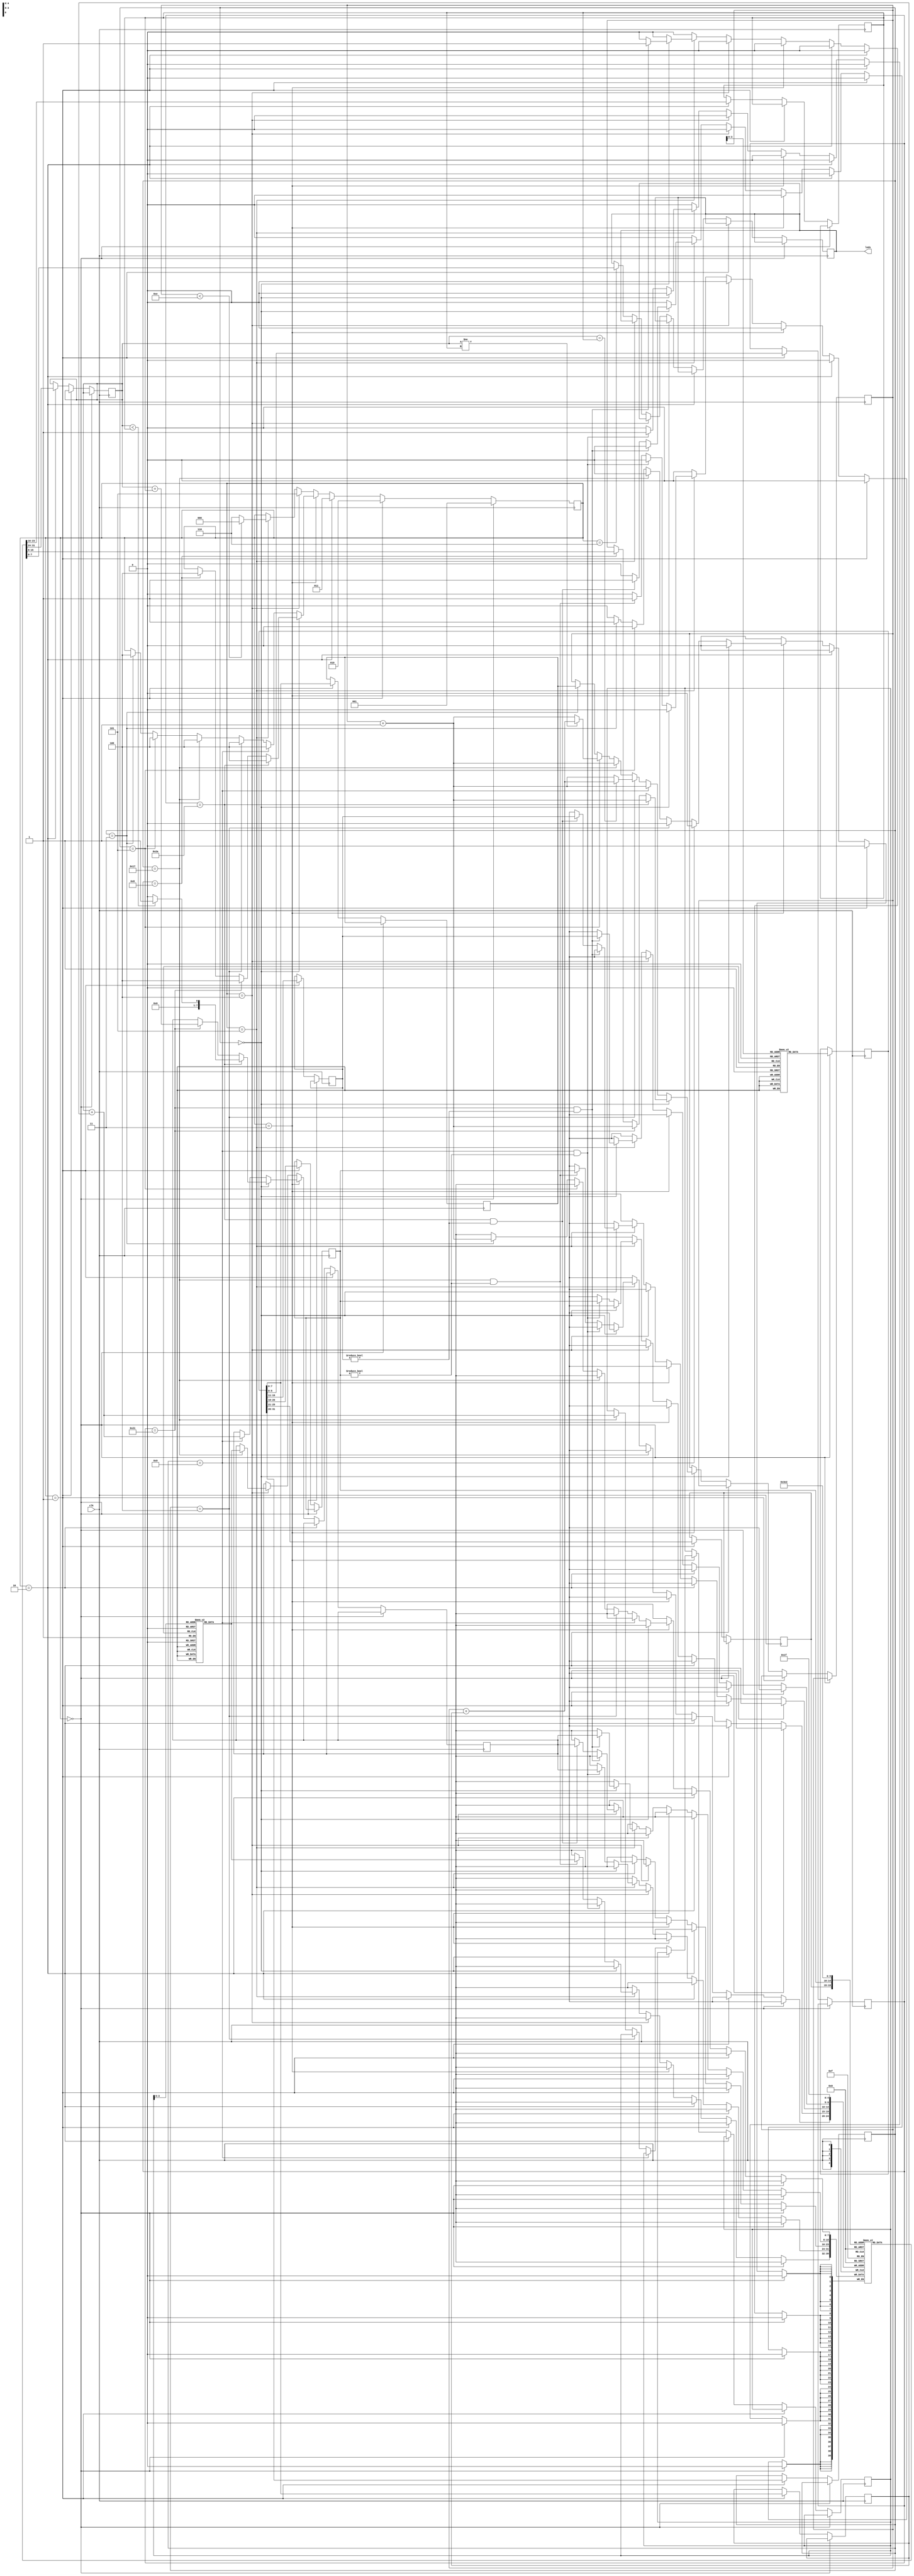
`timescale 1ns / 1ps
`define MAX_PC 14
`define OUTPUT_REG 2
//////////////////////////////////////////////////////////////////////////////////
// Company: 
// Engineer: 
// 
// Design Name: 
// Module Name:    MIPS 
// Project Name: 
// Target Devices: 
// Tool versions: 
// Description: 
//
// Dependencies: 
//
// Revision: 
// Revision 0.01 - File Created
// Additional Comments: 
//
//////////////////////////////////////////////////////////////////////////////////
module MIPS( clk , leds
    );

    input clk ;
    output [7:0] leds ;
    reg [7:0] leds = 0 ;

    reg [31:0] i_cache[13:0] ; 
    reg [7:0] d_cache[10:0] ; 
    reg [7:0] RegisterFile[31:0] ;
    reg [7:0] PC ;
    reg [31:0] Instruction ;
    reg [2:0] state ;

    reg [5:0] opcode ;
    reg [4:0] rs ;
    reg [4:0] rt ;
    reg [4:0] rd ;
    reg [5:0] func ;
    reg [7:0] immediate ;
    reg [7:0] jump ;

    reg [7:0] sourceRegister1 ;
    reg [7:0] sourceRegister2 ;
    reg [7:0] MemoryAddress ;
    reg [7:0] ExeResult ;

    initial begin
        i_cache[0]  = 32'b001001_00000_00010_0000000000000000 ;
        i_cache[1]  = 32'b001001_00000_00011_0000000000000000 ;
        i_cache[2]  = 32'b000000_00011_00001_00100_00000_101010 ;
        i_cache[3]  = 32'b000100_00100_00000_0000000000001000 ;
        i_cache[4]  = 32'b001001_00000_00101_0000000000001010 ;
        i_cache[5]  = 32'b000100_00011_00101_0000000000000110 ;
        i_cache[6]  = 32'b010111_00011_00110_0000000000000000 ;
        i_cache[7]  = 32'b000000_00010_00110_00010_00000_100001 ;
        i_cache[8]  = 32'b001001_00011_00011_0000000000000001 ;
        i_cache[9]  = 32'b000000_00011_00001_00100_00000_101010 ;
        i_cache[10] = 32'b000101_00010_00000_1111111111111011 ;
        i_cache[11] = 32'b000000_11111_00000_00000_00000_001000 ;
        i_cache[12] = 32'b010111_00000_00001_0000000000001010 ;
        i_cache[13] = 32'b000011_00000000000000000000000000 ;

        d_cache[0]  = 8'b00000001 ;
        d_cache[1]  = 8'b00000001 ;
        d_cache[2]  = 8'b00000001 ;
        d_cache[3]  = 8'b00000001 ;
        d_cache[4]  = 8'b00000001 ;
        d_cache[5]  = 8'b00000001 ;
        d_cache[6]  = 8'b00000001 ;
        d_cache[7]  = 8'b00000001 ;
        d_cache[8]  = 8'b11111111 ;
        d_cache[9]  = 8'b11111111 ;
        d_cache[10] = 8'b00001010 ;

        RegisterFile[0]  = 8'b00000000 ;
        RegisterFile[1]  = 8'b00000000 ;
        RegisterFile[2]  = 8'b00000000 ;
        RegisterFile[3]  = 8'b00000000 ;
        RegisterFile[4]  = 8'b00000000 ;
        RegisterFile[5]  = 8'b00000000 ;
        RegisterFile[6]  = 8'b00000000 ;
        RegisterFile[7]  = 8'b00000000 ;
        RegisterFile[8]  = 8'b00000000 ;
        RegisterFile[9]  = 8'b00000000 ;
        RegisterFile[10] = 8'b00000000 ;
        RegisterFile[11] = 8'b00000000 ;
        RegisterFile[12] = 8'b00000000 ;
        RegisterFile[13] = 8'b00000000 ;
        RegisterFile[14] = 8'b00000000 ;
        RegisterFile[15] = 8'b00000000 ;
        RegisterFile[16] = 8'b00000000 ;
        RegisterFile[17] = 8'b00000000 ;
        RegisterFile[18] = 8'b00000000 ;
        RegisterFile[19] = 8'b00000000 ;
        RegisterFile[20] = 8'b00000000 ;
        RegisterFile[21] = 8'b00000000 ;
        RegisterFile[22] = 8'b00000000 ;
        RegisterFile[23] = 8'b00000000 ;
        RegisterFile[24] = 8'b00000000 ;
        RegisterFile[25] = 8'b00000000 ;
        RegisterFile[26] = 8'b00000000 ;
        RegisterFile[27] = 8'b00000000 ;
        RegisterFile[28] = 8'b00000000 ;
        RegisterFile[29] = 8'b00000000 ;
        RegisterFile[30] = 8'b00000000 ;
        RegisterFile[31] = 8'b00000000 ;

        state <= 0 ;
        PC <= 8'b00001100 ;

    end


    always @(posedge clk) begin

        if (state == 0) begin
            Instruction <= i_cache[PC] ;
            state <= 1 ;
        end

        else if (state == 1) begin
            opcode <= Instruction[31:26] ;
            rs <= Instruction[25:21] ;
            rt <= Instruction[20:16] ;
            rd <= Instruction[15:11] ;
            func <= Instruction[5:0] ;
            immediate <= Instruction[7:0] ;
            jump <= Instruction[7:0] ;
            state <= 2 ;
        end

        else if (state == 2) begin
            sourceRegister1 <= RegisterFile[rs] ;
            sourceRegister2 <= RegisterFile[rt] ;
            state <= 3 ;
        end

        else if (state == 3) begin

            if(opcode == 6'b000000) begin

                if(func == 6'b101010) begin
                    if($signed(sourceRegister1) < $signed(sourceRegister2)) begin
                        ExeResult <= 8'b1 ;
                    end
                    else begin
                        ExeResult <= 8'b0 ;
                    end
                    PC <= PC + 1 ;
                    state <= 4 ;
                end

                else if(func == 6'b100001) begin
                    ExeResult <= sourceRegister1 + sourceRegister2 ;
                    PC <= PC + 1 ;
                    state <= 4 ;
                end

                else if(func == 6'b001000) begin
                    PC <= RegisterFile[31] ;
                    state <= 4 ;
                end
            end

            else if(opcode == 6'b001001) begin
                ExeResult <= sourceRegister1 + immediate ;
                PC <= PC + 1 ;
                state <= 4 ;
            end

            else if(opcode == 6'b000100) begin
                if(sourceRegister1 == sourceRegister2) begin
                    PC <= PC + immediate ;
                end
                else begin
                    PC <= PC + 1 ;
                end
                state <= 4 ;
            end

            else if(opcode == 6'b010111) begin
                MemoryAddress <= immediate + sourceRegister1 ;
                PC <= PC + 1 ;
                state <= 4 ;
            end

            else if(opcode == 6'b000101) begin
                if(sourceRegister1 != sourceRegister2) begin
                    PC <= PC + immediate ;
                end
                else begin
                    PC <= PC + 1 ;
                end
                state <= 4 ;
            end

            else if(opcode == 6'b000011) begin
                PC <= jump ;
                RegisterFile[31] <= PC + 1 ;
                state <= 4 ;
            end

        end

        else if (state == 4) begin
            if(opcode == 6'b010111) begin
                ExeResult <= d_cache[MemoryAddress] ;
            end
            state <= 5 ;
        end

        else if (state == 5) begin
            if(opcode == 6'b000000 ) begin
                if( func == 6'b100001 & rd!=0 ) begin
                    RegisterFile[rd] <= ExeResult ;
                end
                else if( func == 6'b101010 & rd!=0 ) begin
                    RegisterFile[rd] <= ExeResult ;
                end
            end

            else if(opcode == 6'b001001 & rt!=0) begin
                RegisterFile[rt] <= ExeResult ;
            end

            else if(opcode == 6'b010111 & rt!=0 ) begin
                RegisterFile[rt] <= d_cache[MemoryAddress] ;
            end

            if(PC < `MAX_PC) begin
                state <= 0 ;
            end
            else begin
                state <= 6 ;
            end
        end

        else if(state == 6) begin
            leds <= RegisterFile[`OUTPUT_REG] ;
            $display("Output: %d", $signed(RegisterFile[`OUTPUT_REG])) ;
        end                
                     
    end

endmodule